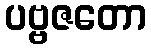
ပဗ္ဗဇတော